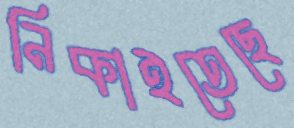
নিকাইতেছে